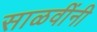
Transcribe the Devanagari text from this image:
साळवींनी